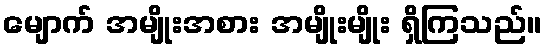
မျောက် အမျိုးအစား အမျိုးမျိုး ရှိကြသည်။